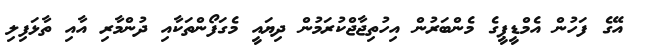
އޭގެ ފަހުން އެމްޑީޕީގެ މެންބަރުން އިހުތިޖާޖްކުރަމުން ދިޔައީ މެގަފޯންތަކާއި ދުންމާރި އާއި ތާޅަފިލި